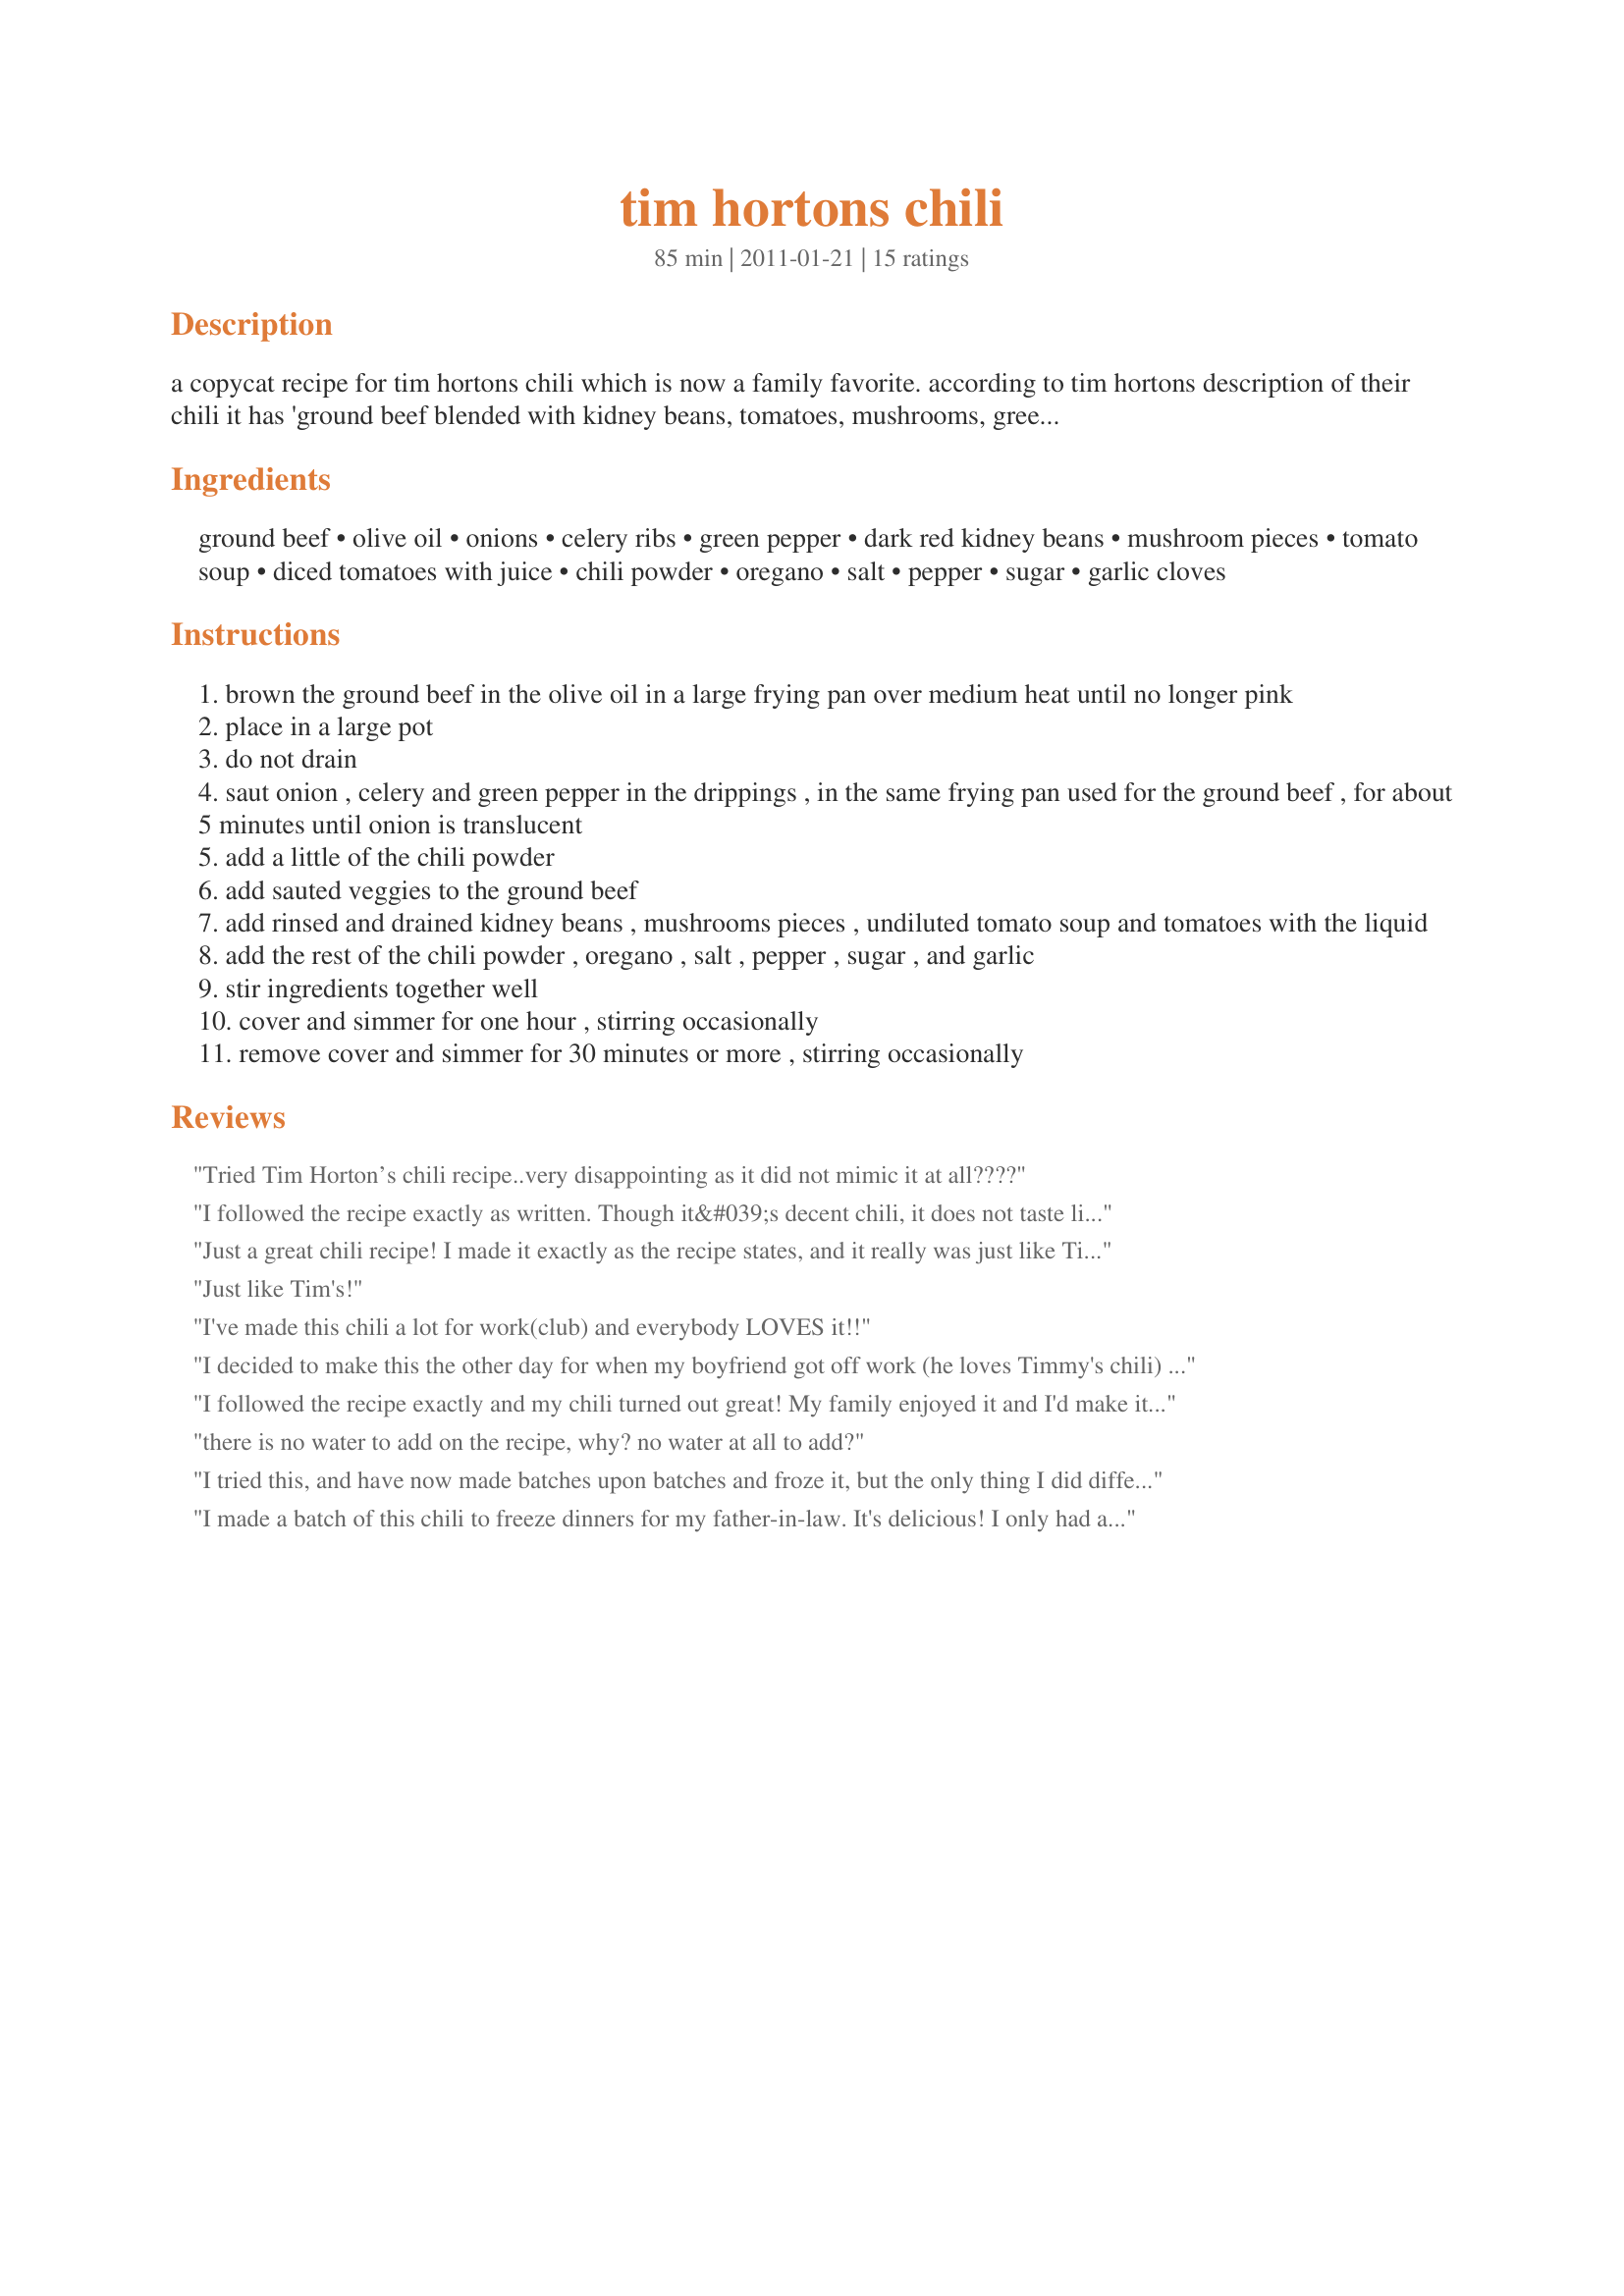
tim hortons chili
Preparation time: 85 minutes

a copycat recipe for tim hortons chili which is now a family favorite.
according to tim hortons description of their chili it has 'ground beef blended with kidney beans, tomatoes, mushrooms, green peppers, onion and celery' so i think this recipe is very close to the real thing. if cooking the chili in a crock pot, drain the tomatoes; cover and cook on low for about 5 hours. chili can be made ahead and refrigerated overnight. freezes well too so would be good oamc recipe. prep time, cooking time, and servings are estimates.

Ingredients:
ground beef, olive oil, onions, celery ribs, green pepper, dark red kidney beans, mushroom pieces, tomato soup, diced tomatoes with juice, chili powder, oregano, salt, pepper, sugar, garlic cloves

Steps:
brown the ground beef in the olive oil in a large frying pan over medium heat until no longer pink
place in a large pot
do not drain
saut onion , celery and green pepper in the drippings , in the same frying pan used for the ground beef , for about 5 minutes until onion is translucent
add a little of the chili powder
add sauted veggies to the ground beef
add rinsed and drained kidney beans , mushrooms pieces , undiluted tomato soup and tomatoes with the liquid
add the rest of the chili powder , oregano , salt , pepper , sugar , and garlic
stir ingredients together well
cover and simmer for one hour , stirring occasionally
remove cover and simmer for 30 minutes or more , stirring occasionally

Reviews:
Tried Tim Horton’s chili recipe..very disappointing as it did not mimic it at all????
I followed the recipe exactly as written. Though it&#039;s decent chili, it does not taste like Timmies.
Just a great chili recipe! I made it exactly as the recipe states, and it really was just like Timmy Ho's. Thanks so much.
Just like Tim's!
I've made this chili a lot for work(club) and everybody LOVES it!!
I decided to make this the other day for when my boyfriend got off work (he loves Timmy's chili) he loved it and so did I! I did do a couple tweaks Aylmer Brand- chili spiced diced tomatoes
I followed the recipe exactly and my chili turned out great! My family enjoyed it and I'd make it again. I love Tim Hortons chili and found this chili just as good,5 star rating for both, Thanks for the recipe!
there is no water to add on the recipe, why? no water at all to add?
I tried this, and have now made batches upon batches and froze it, but the only thing I did different was use fresh tomatoes and blended them. Best recipie by far for imitation Tim Hortons Chili.
I made a batch of this chili to freeze dinners for my father-in-law. It's delicious! I only had a can of black beans instead of mixed. I also used red, yellow and orange peppers because I don't like green ones! That's all I changed and it turned out great! Made for PRMR tag game. Thanks foodtvfan! Tim's would be proud! :)
this is one of the best homemade chili recipes
For those of you complaining that it doesn't taste like tim's chilli , you're missing the main ingredient which is TVP (textured vegetable protein) If you search online for the nutritional information and ingredients you will see TVP, as someone who eats TVP prior to eating tims chilli i knew right away by the texture of their &quot;meat&quot; (you can also see this in allergy alert for Soy products on the website) anyway it's 9th on the list (although ingredients are measured by weight including beef and TVP weighs nothing which is why there is so much in the actual chilli) anyway TVP is supposed to be flavourless but i guarantee once you add the TVP suddenly you have Tim's Chilli i do it all the time (in fact sometimes i make it &quot;vegetarian&quot; with no meat just broth in TVP and nobody i feed it to even knows/notices)
Very good! It doesn&#039;t taste like Tim&#039;s chili, but it is delicious. I will make this again and again. I cut the salt and sugar out completely. All the canned vegetables contained a ton of sodium. Next time I will add a bit of heat with chili flakes. I also added the peppers just a moment before serving so that they were hot and still crunchy.
This was pretty good. my only minor tweaks : I used hunts chili seasoned diced tomatoes and added a small tin of tomato paste (and a paste can of water) Was pretty close to Tims chili and mild enough for those that don't like their chili too spicy
Very good family chili, made as directed. The taste reminded me of Sloppy Joes with mushrooms, celery and green peppers added. This was very meaty, with an accent of kidney beans. The spicing was mild; the sugar made it kid-friendly sweet, and probably very similar to Tim Horton's chili (although it has been years since I tasted the real thing). I'm glad I had an over-sized frying chicken skillet for my sauteing. The chili filled a 4-quart Dutch oven to a nice height. Made for Please Review My Recipe Tag.
